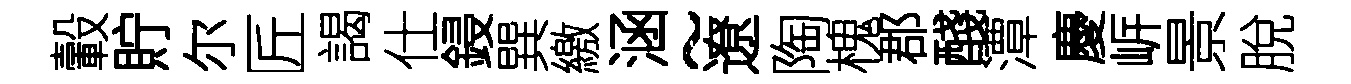
轂貯尔匠謁仕鋟巽繳涵~遼陶槐郡醆潭慶㟁景脫